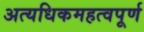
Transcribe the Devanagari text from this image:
अत्यधिकमहत्वपूर्ण